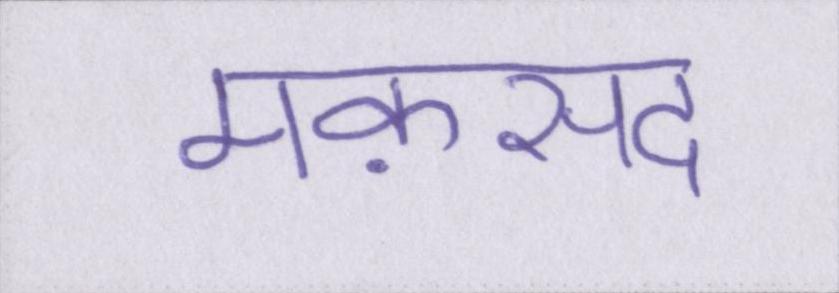
मक़सद